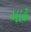
માઢ